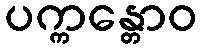
ပက္ကန္တောဝ